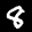
Label: 8